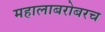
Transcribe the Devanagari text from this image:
महालाबरोबरच